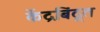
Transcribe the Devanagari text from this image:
केंद्रबिंदूत